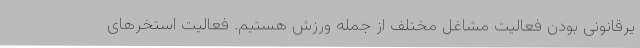
یرقانونی بودن فعالیت مشاغل مختلف از جمله ورزش هستیم. فعالیت استخرهای